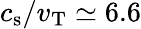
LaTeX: c_{\mathrm{s}}/v_{\mathrm{T}}\simeq 6.6